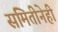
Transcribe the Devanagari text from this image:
समितीनेही